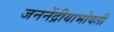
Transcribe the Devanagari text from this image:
जननेंद्रीयाभोवती